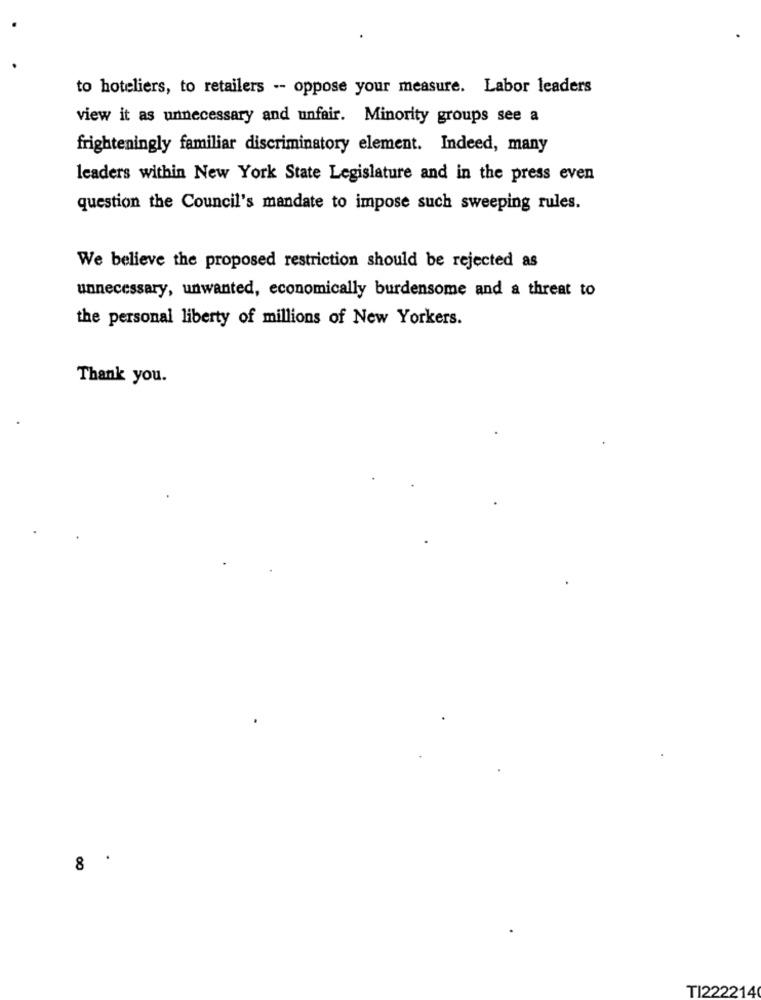
to hoteliers, to retailers -- oppose your measure. Labor leaders
view it as unnecessary and unfair. Minority groups see a
frighteningly familiar discriminatory element. Indeed, many
leaders within New York State Legislature and in the press even
question the Council's mandate to impose such sweeping rules.
We believe the proposed restriction should be rejected as
unnecessary, unwanted, economically burdensome and a threat to
the personal liberty of millions of New Yorkers.
Thank you.
00
TI222214